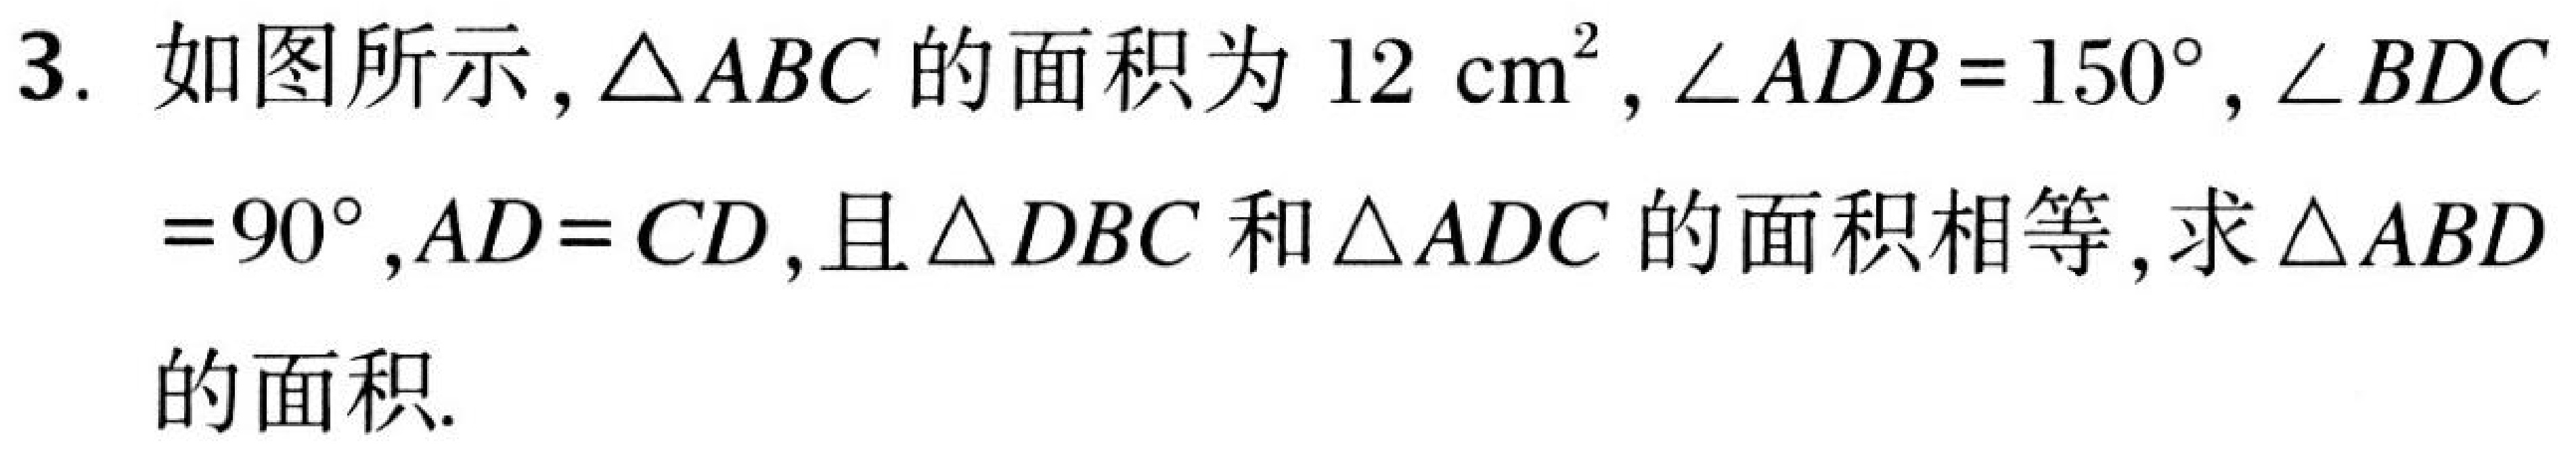
3. 如图所示，$\triangle ABC$的面积为$12\ \mathrm{cm}^{2}$，$\angle ADB = 150^{\circ}$，$\angle BDC$
$= 90^{\circ}$，$AD = CD$，且$\triangle DBC$和$\triangle ADC$的面积相等，求$\triangle ABD$
的面积.